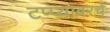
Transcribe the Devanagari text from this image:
टप्प्यावरचे